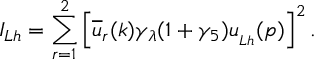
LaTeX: I _ { L h } = \sum _ { r = 1 } ^ { 2 } \left[ \overline { { { u } } } _ { r } ( k ) \gamma _ { \lambda } ( 1 + \gamma _ { 5 } ) u _ { _ { L h } } ( p ) \right] ^ { 2 } .